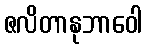
ဇလိတာနုဘာဝေါ